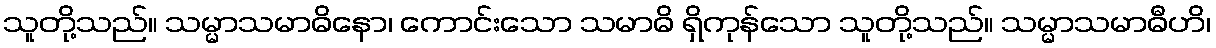
သူတို့သည်။ သမ္မာသမာဓိနော၊ ကောင်းသော သမာဓိ ရှိကုန်သော သူတို့သည်။ သမ္မာသမာဓီဟိ၊